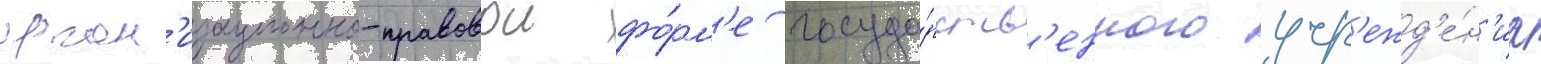
орган'изационно-правовои фо́рм'е госуда́рств'енного учр'ежд'е́н'иа